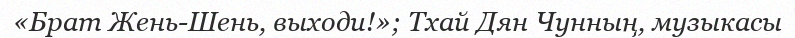
«Брат Жень-Шень, выходи!»; Тхай Дян Чунның, музыкасы